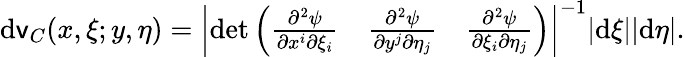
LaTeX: \mathrm{d}\mathsf{v}_{C}(x,\xi;y,\eta)=\left|\operatorname*{det}\left(\begin{array}{ccc}{\frac{\partial^{2}\psi}{\partial x^{i}\partial\xi_{i}}}&{\frac{\partial^{2}\psi}{\partial y^{j}\partial\eta_{j}}}&{\frac{\partial^{2}\psi}{\partial\xi_{i}\partial\eta_{j}}}\end{array}\right)\right|^{-1}|\mathrm{d}\xi||\mathrm{d}\eta|.